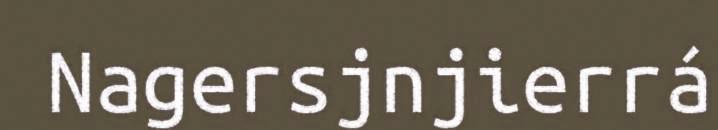
Nagersjnjierrá